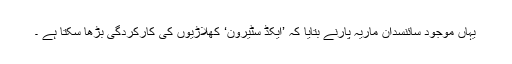
یہاں موجود سائنسدان ماریہ پارنے بتایا کہ ’ایکڈ سٹیرون‘ کھلاڑیوں کی کارکردگی بڑھا سکتا ہے ۔